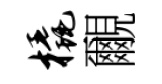
橇覼